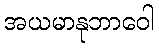
အယမာနုဘာဝေါ